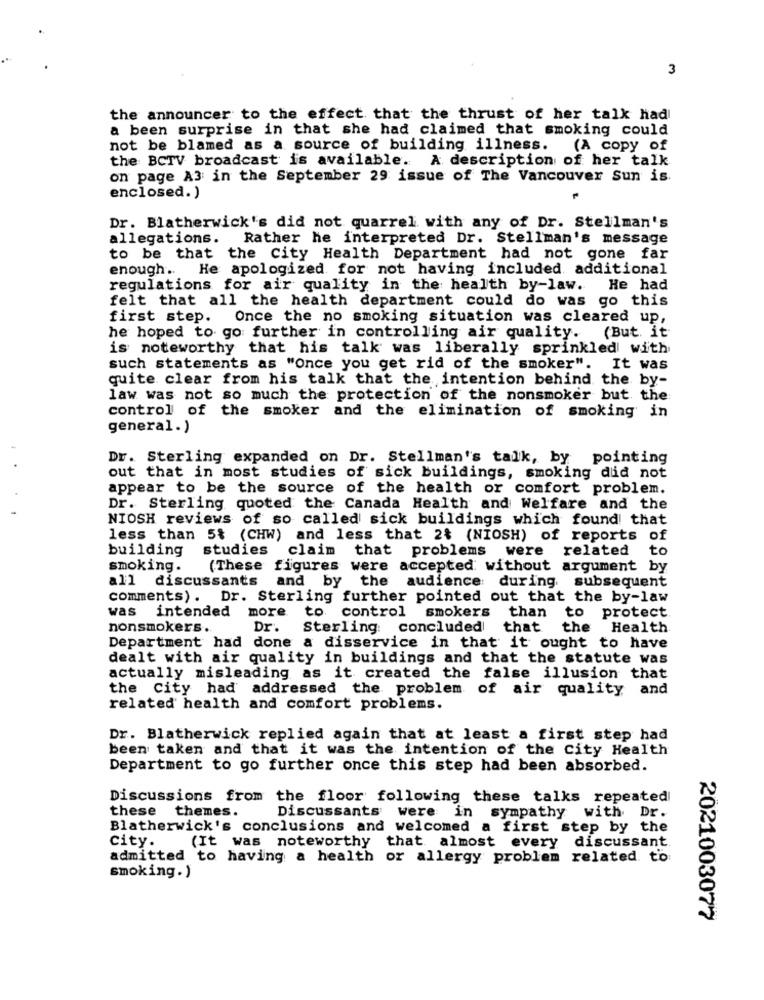
3
the announcer to the effect that the thrust of her talk had
a been surprise in that she had claimed that smoking could
not be blamed as a source of building illness. (A copy of
the BCTV broadcast is available. A description of her talk
on page A3 in the September 29 issue of The Vancouver Sun is.
enclosed.)
Dr. Blatherwick's did not quarrel with any of Dr. Stellman's
allegations. Rather he interpreted Dr. Stellman's message
to be that the City Health Department had not gone far
enough ..
He apologized for not having included additional
regulations for air quality in the health by-law. He had
felt that all the health department could do was go this
first step.
Once the no smoking situation was cleared up,
he hoped to go further in controlling air quality. (But. it
is noteworthy that his talk was liberally sprinkled with
such statements as "Once you get rid of the smoker". It was
quite clear from his talk that the intention behind the by-
law was not so much the protection of the nonsmoker but the
control of the smoker and the elimination of smoking in
general.)
Dr. Sterling expanded on Dr. Stellman's talk, by
pointing
out that in most studies of sick buildings, smoking did not
appear to be the source of the health or comfort problem.
Dr. Sterling quoted the Canada Health and Welfare and the
NIOSH reviews of so called sick buildings which found that
less than 5% (CHW) and less that 2% (NIOSH) of reports of
building studies claim that problems were
related
to
smoking.
(These figures were accepted without argument by
all discussants and by the audience: during subsequent
comments). Dr. Sterling further pointed out that the by-law
was intended more to control smokers than to protect
nonsmokers.
Dr. Sterling: concluded
that the Health
Department had done a disservice in that it ought to have
dealt with air quality in buildings and that the statute was
actually misleading as it created the false illusion that
the City had addressed the problem of air quality and
related health and comfort problems.
Dr. Blatherwick replied again that at least a first step had
been taken and that it was the intention of the City Health
Department to go further once this step had been absorbed.
Discussions from the floor following these talks repeated
these themes.
Discussants were in sympathy with Dr.
Blatherwick's conclusions and welcomed a first step by the
city.
(It was noteworthy that almost every discussant
admitted to having a health or allergy problem related to
smoking.)
2021003077